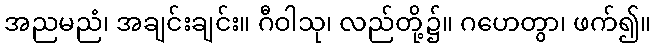
အညမညံ၊ အချင်းချင်း။ ဂီဝါသု၊ လည်တို့၌။ ဂဟေတွာ၊ ဖက်၍။